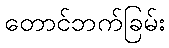
တောင်ဘက်ခြမ်း